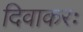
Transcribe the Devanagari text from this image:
दिवाकरः